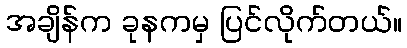
အချိန်က ခုနကမှ ပြင်လိုက်တယ်။